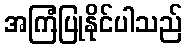
အကြံပြုနိုင်ပါသည်